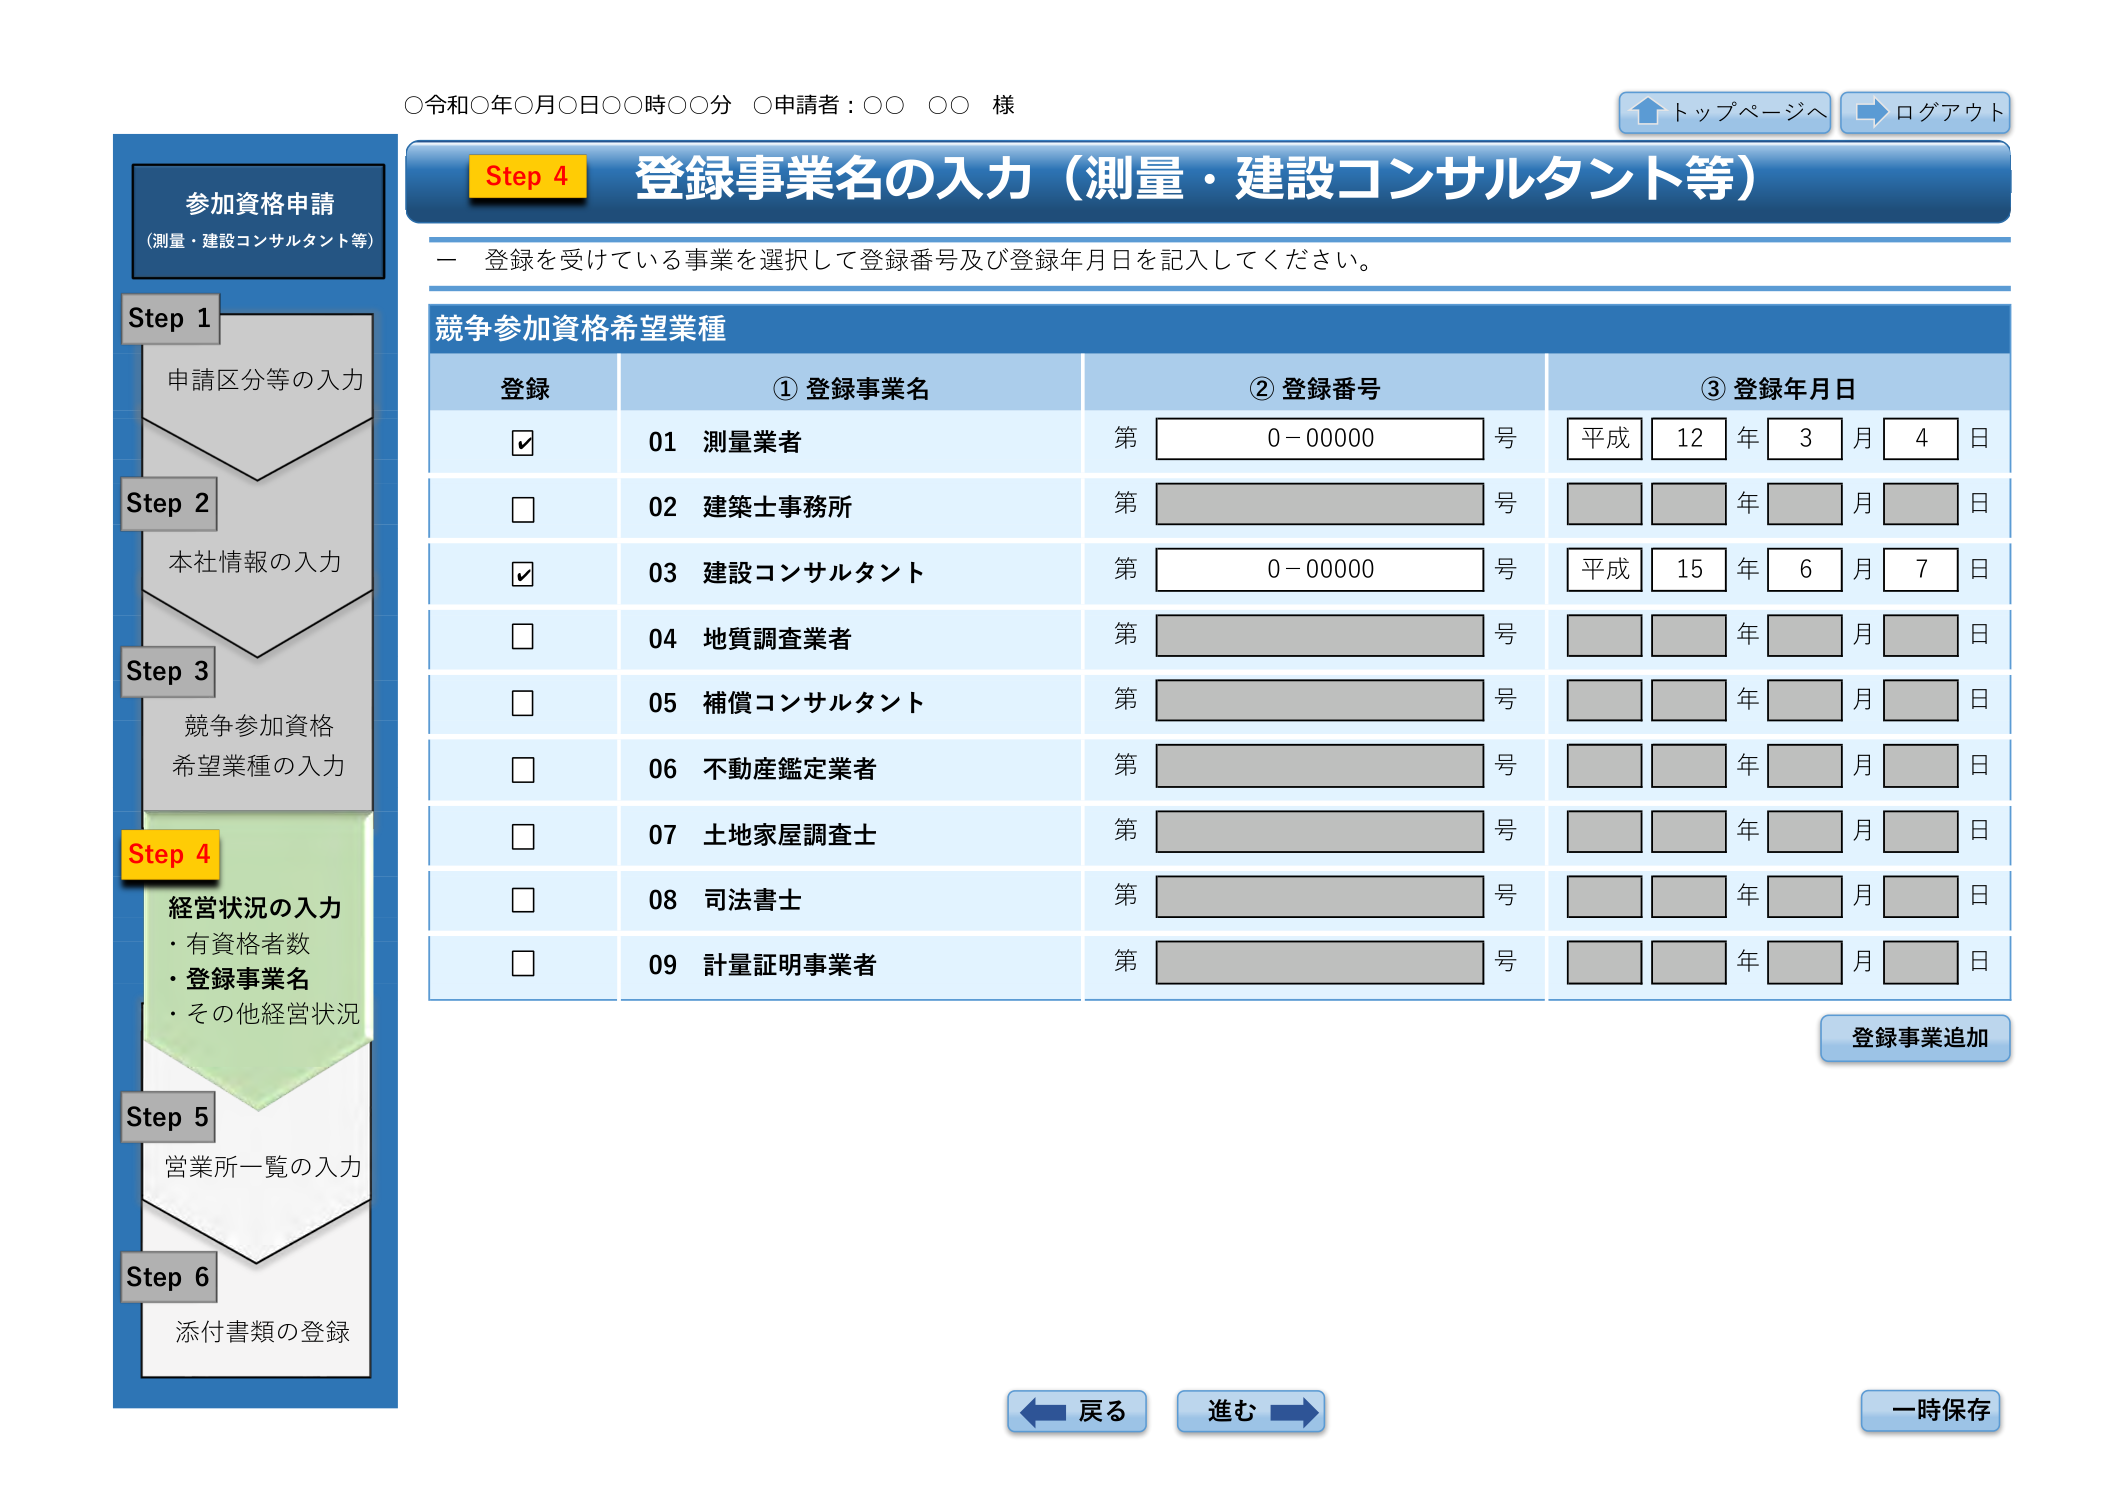
○令和○年○月○日○○時○○分 ○申請者：○○ ○○ 様

トップページへ
ログアウト

参加資格申請
（測量・建設コンサルタント等）

Step 1
申請区分等の入力

Step 2
本社情報の入力

Step 3
競争参加資格
希望業種の入力

Step 4
経営状況の入力
・有資格者数
・登録事業名
・その他経営状況

Step 5
営業所一覧の入力

Step 6
添付書類の登録

Step 4 登録事業名の入力（測量・建設コンサルタント等）

一 登録を受けている事業を選択して登録番号及び登録年月日を記入してください。

競争参加資格希望業種

登録 ①登録事業名 ②登録番号 ③登録年月日

☑ 01 測量業者 第 0-00000 号 平成 12 年 3 月 4 日

□ 02 建築士事務所 第 号 年 月 日

☑ 03 建設コンサルタント 第 0-00000 号 平成 15 年 6 月 7 日

□ 04 地質調査業者 第 号 年 月 日

□ 05 補償コンサルタント 第 号 年 月 日

□ 06 不動産鑑定業者 第 号 年 月 日

□ 07 土地家屋調査士 第 号 年 月 日

□ 08 司法書士 第 号 年 月 日

□ 09 計量証明事業者 第 号 年 月 日

登録事業追加

戻る
進む
一時保存